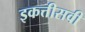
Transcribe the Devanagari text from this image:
इकत्तीसवी